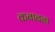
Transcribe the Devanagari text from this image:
कबाबना